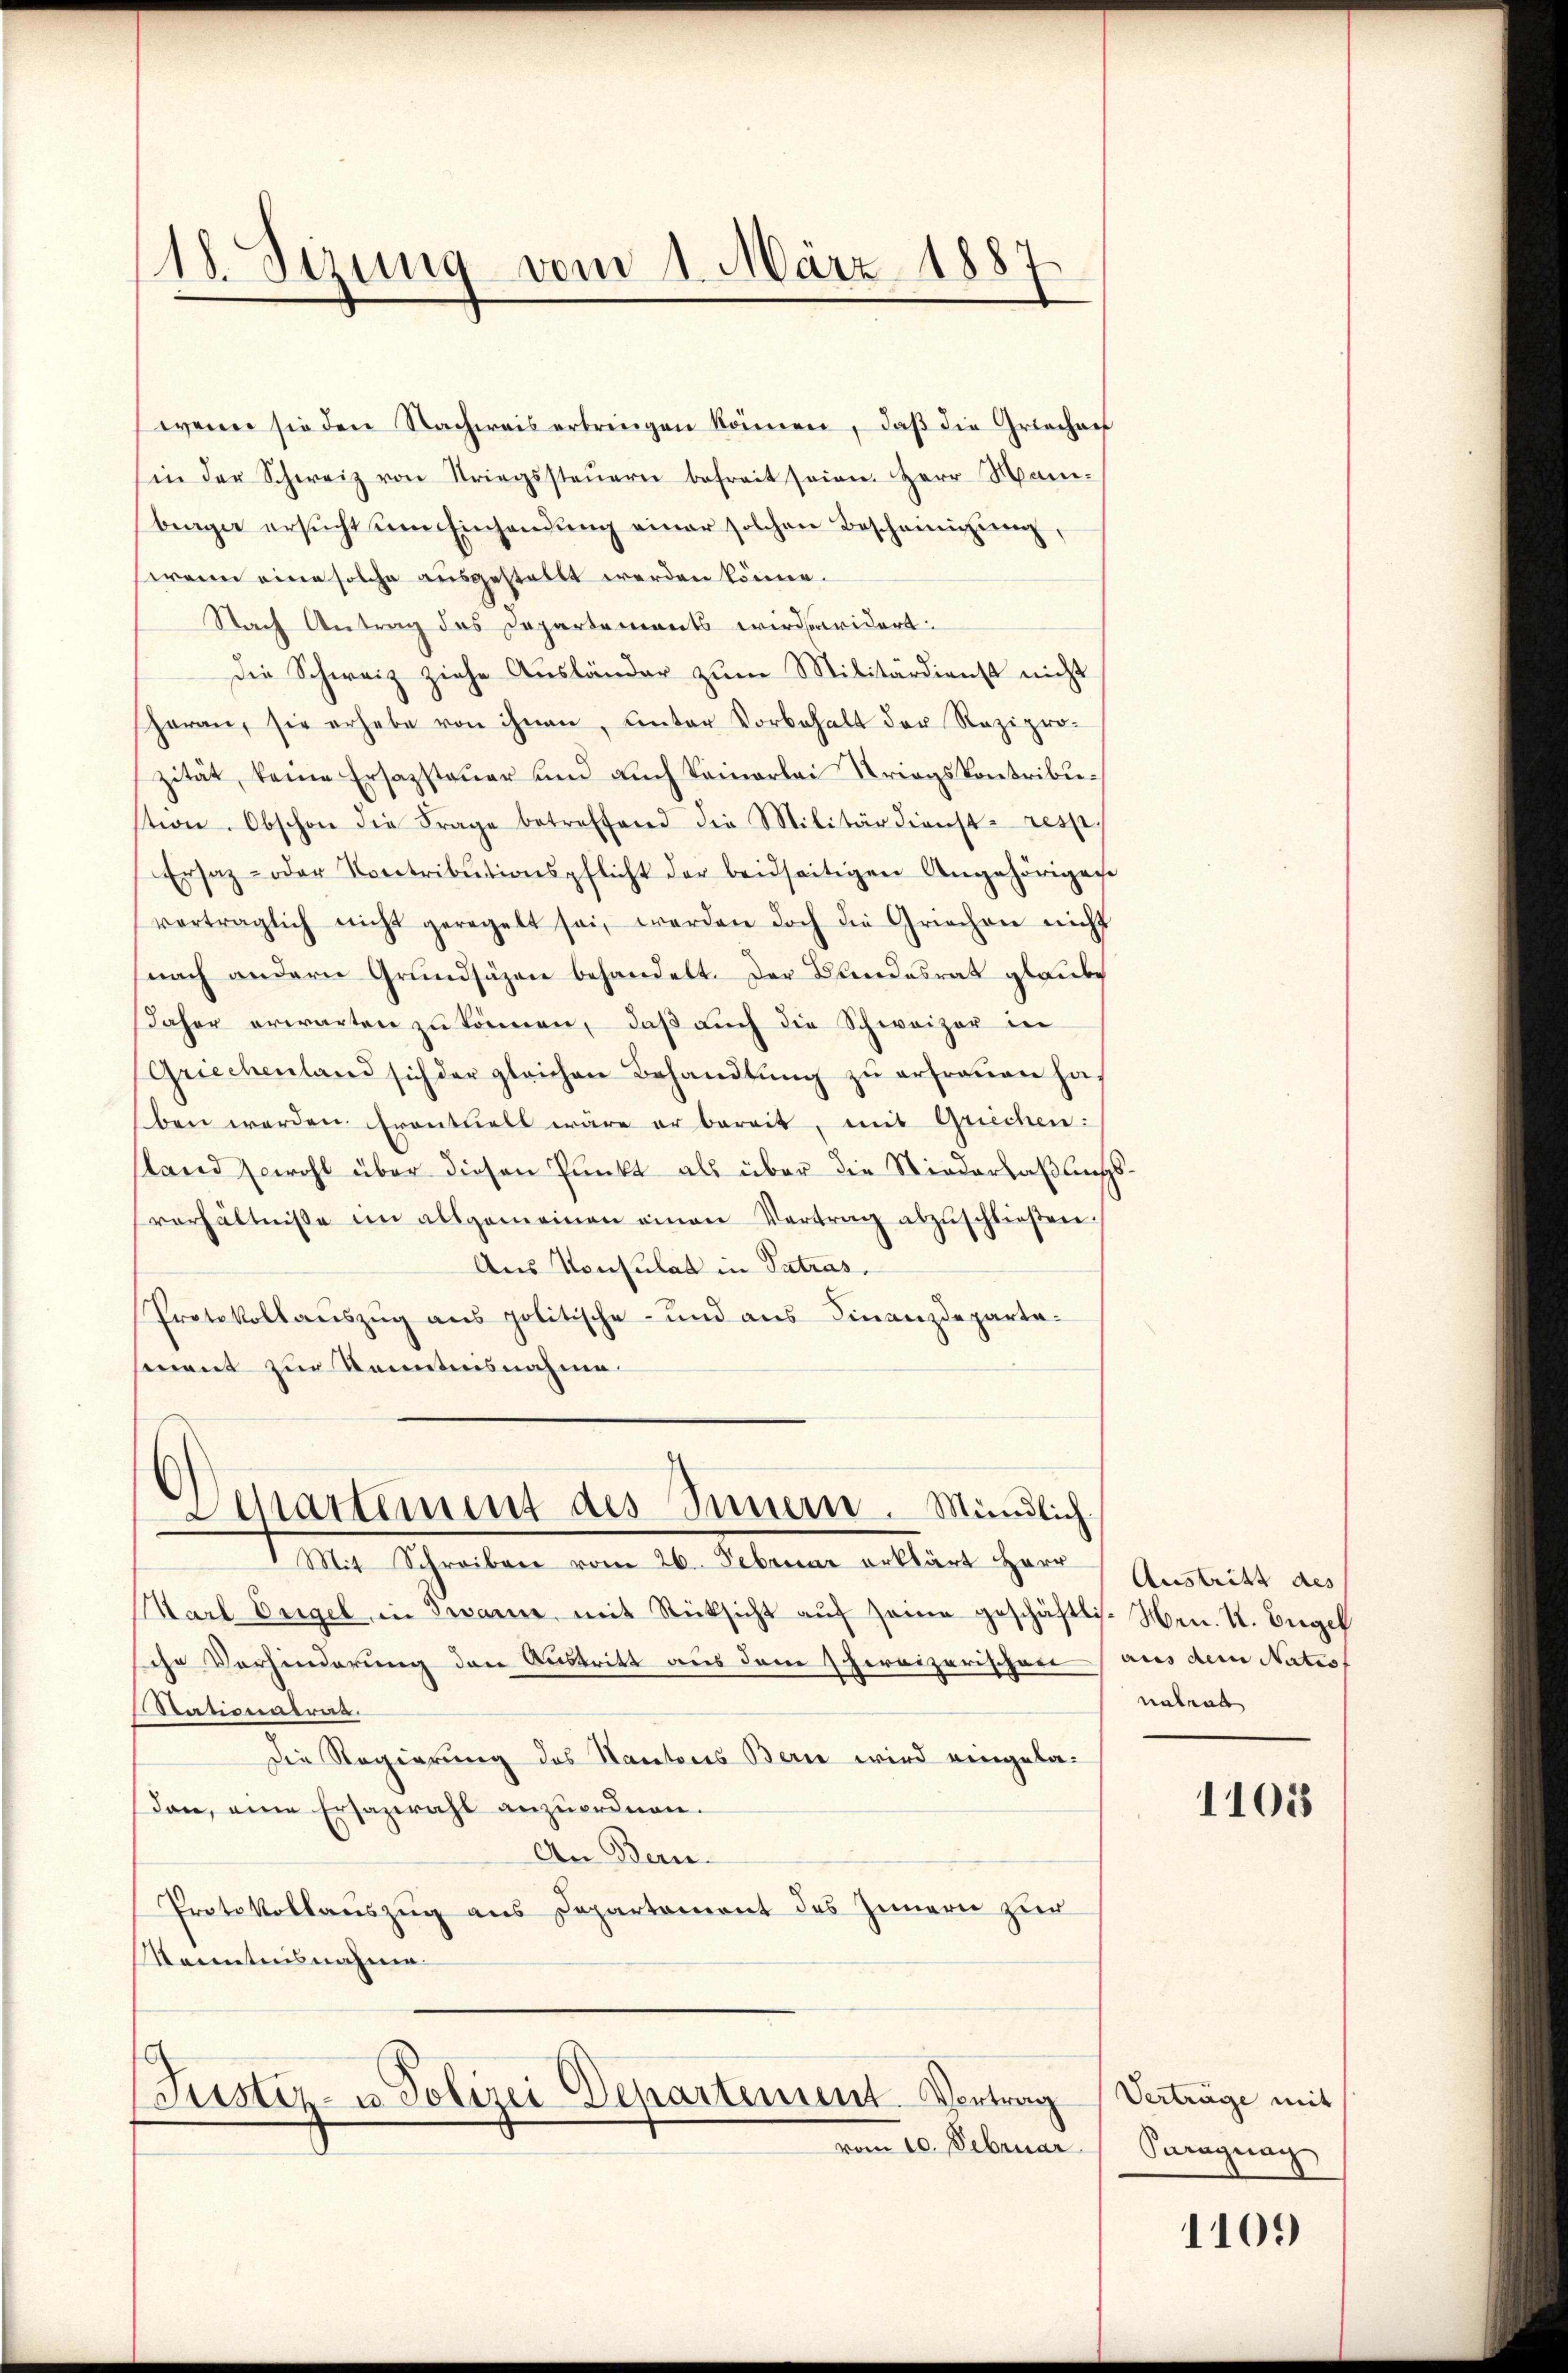
18. Sizung vom 1. März 1887

wenn sie den Nachweis erbringen können, daβ die Griechen
in der Schweiz von Striegssteŭern befreit seien. Herr Man-
berger ersŭcht um Einhandŭng einer solchen Bescheinigŭng,
wenn eine solche ausgestellt werden könne.
Nach Antrag des Departements wirderidert:
Die Schweiz ziehe Aŭsländer zŭm Militärdienst nicht
heran, sie erhabe von ihnen, unter Vorbehalt der Rezipro-
zität, keine Ersazsteuer und auch keinerlei Kriegskontribustion. Obschon die Frage betreffend die Militärdienst- resse
Ersaz- oder Kontributionspflicht der beidseitigen Angehörigen
verträglich nicht geregelt sei, werden doch die Griechen nicht
nach andern Grundsäzen behandelt. Der Bundesrat glaube
daher erwarten zŭ können, daβ aŭch die Schweizer in
Griechenland sich der gleichen Behandlung zu erfreuen hat
ben werden Frontuell wäre er bereit, mit Grechen:
sland sowohl über diesen Punkt als über die Niederlaßungsverhältniße im allgemeinen einen Vertrag abzŭschlieβen.
Aus Konsulat in Patras
Protokollauszug aus politische- und aus Finanzdepartement zur Kenntnisnahme.
Departement des Innern. Mündlich.

1 Mit Schreiben vom 26. Februar erklärt Herr

Karl Engel in Jeanne, mit Rücksicht aŭf seine geschäftli- Hrn. K. Engel
sche Verhinderung den Austritt aus dem 1 hereizerischen
Stationalrat.
Die Regierung des Kantons Bern wird eingela¬
Dan, eine Ersazwahl anzuordnen.
An Bern.
Protokollauszug aus Departement des Innern zur
Kenntnisnahme
Justiz- u. Polizei Departement. Vortrag
vom 10. Februar

Austritt des
aus dem Natio
nabend
1105

Verträge mit
Paraguag

1109